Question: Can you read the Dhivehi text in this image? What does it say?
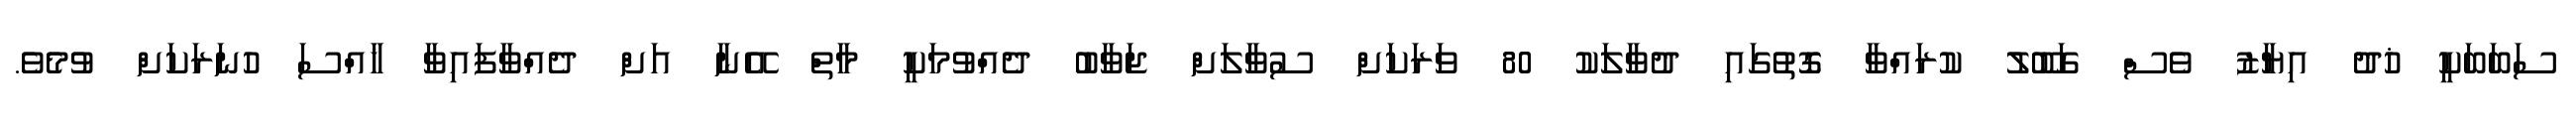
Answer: ސަބަބަކީ ޚުދު އިޔާޒު ވެސް ގަބޫލު ކުރައްވާ ގޮތުގައި ދުވާލަކު 80 ވަރަކަށް ސުވާލަށް ޖަވާބު ދެއްވުމަކީ މާތް އޭނާ އަށް ދެއްވާފައިވާ ޚާއްސަ ހުނަރަކަށް ވުމެވެ.